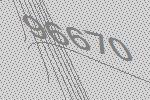
96670